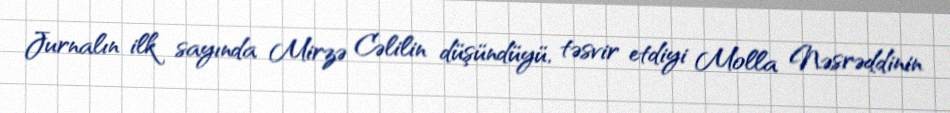
Jurnalın ilk sayında Mirzə Cəlilin düşündüyü, təsvir etdiyi Molla Nəsrəddinin